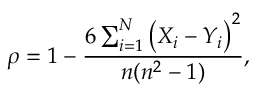
\rho = 1 - \frac { 6 \sum _ { i = 1 } ^ { N } \big ( X _ { i } - Y _ { i } \big ) ^ { 2 } } { n ( n ^ { 2 } - 1 ) } ,